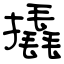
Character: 撬